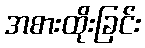
အစားထိုးခြင်း